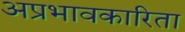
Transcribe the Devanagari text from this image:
अप्रभावकारिता